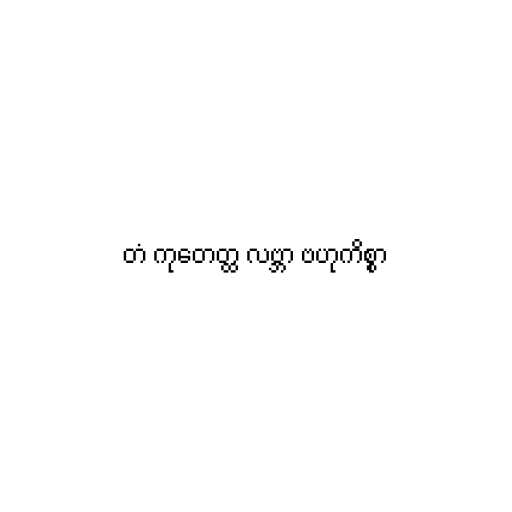
တံ ကုတေတ္ထ လဗ္ဘာ ဗဟုကိစ္စာ